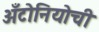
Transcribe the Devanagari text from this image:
अँटोनियोची